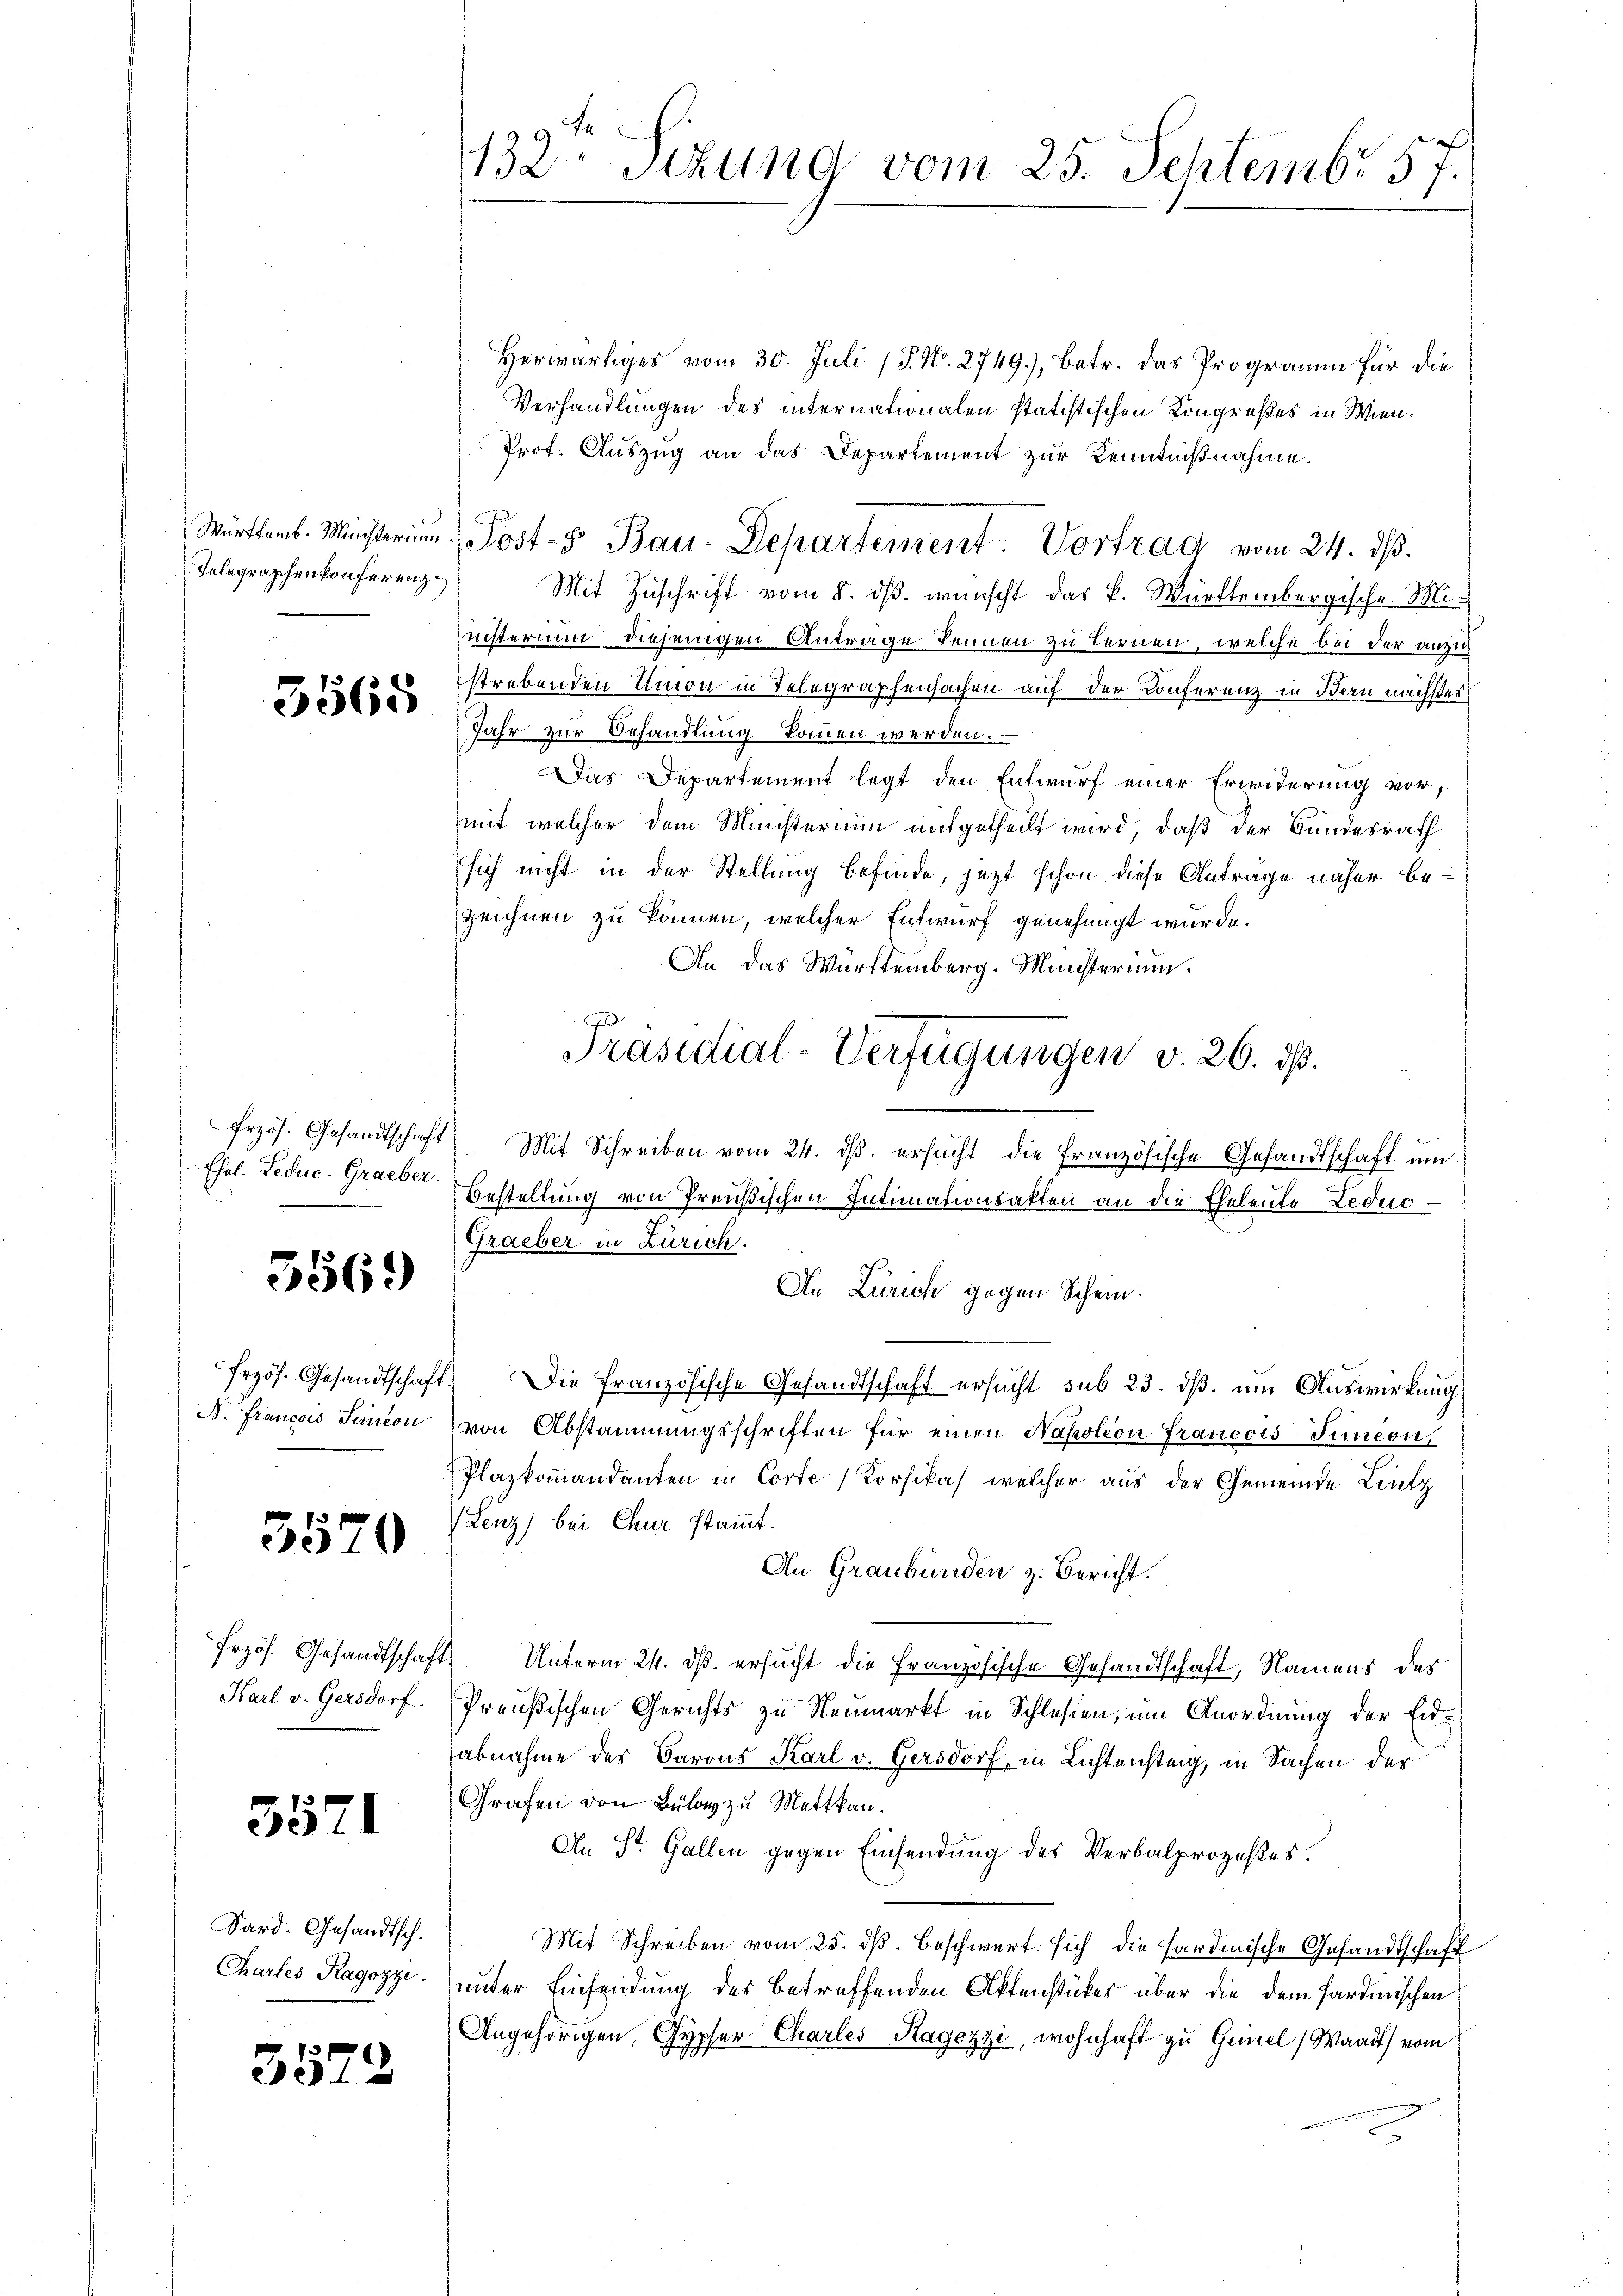
Telegraphenkonferenz

3565

Ehol. Leduc-Graeber.

556.)

Erzös. Gesandtschaft
N. Francois Senicon

3570

Frzös. Gesandtschaft
Karl v. Gersdorf.

3571

Sard. Gesandtsch.
Chartes Ragozzi.

3572

132. Sizung vom 25. Septembr 57.

Herwärtiges vom 30. Juli (P. Nr. 2749.), Betr. das Programm für die
Verhandlungen des internationalen statistischen Kongreßes in Wien¬
Prof. Aŭszŭg an das Departement zur Kenntniβnahme.
Mit Zuschrift vom 8. ds. wünscht das K. Würtleinbergische Ministerium diejenigen Anträge kennen zu Ternen, welche bei der anzus
strebenden Union in Telegraphensachen auf der Konferenz in Bern nächstes
Jahr zur Behandlung kommen werden.
Das Departement legt den Entwurf einer Erwiderung vor,
mit welcher dem Ministerium mitgetheilt wird, daß der Bundesrath
sich nicht in der Stellung befinde, jezt schon diese Anträge näher bezeichnen zu können, welcher Entwurf genehmigt wurde.
An das Württemberg. Münsterium.
frzös. Gesandtschaft Mit Schreiben vom 24. dβ. ersŭcht die französische Gesandtschaft ŭm
Bestellung von Preußischen Intimationsakten an die Eheleute Leduc¬
Graeber in Zürich.
An Zürich gegen Schein.
 Die französische Gesandtschaft ersucht sub 23. ds. um Auswirkung
von Abstammungsschriften für einen Napoleon Francois Simeon
Plazkoṁandanten in Corte Korsikas, welcher aus der Gemeinde Lintz
VLenz) bei Chur stammt.
An Graubünden z. Bericht.
. Unterm 24. ds. ersucht die Französische Gesandtschaft, Namens der
Preußischen Gerichts zu Neumarkt in Schlesen, um Anordnung der Eidabnahme des Barons Karl v. Gersdorf, in Lichtensteig, in Sachen der
Grafen von Bülay zu Mettkan.
An St. Gallen gegen Einsendung des Verbalprozeßes.
Mit Schreiben vom 25. dß. beschwert sich die sardinische Gesandtschaft
unter Einsendung des betreffenden Aktenstückes über die dem Sardinischen
Angehörigen, Gypfer Charles Ragozzi, wohnhaft zu Genel, Waadt) vom

Württemb. Ministerium Post- Bau-Departement. Vortrag vom 24. dβ.

Präsidial-Verfügungen v. 26. ds.